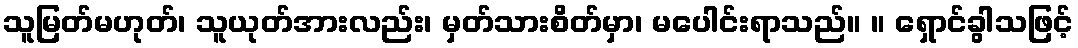
သူမြတ်မဟုတ်၊ သူယုတ်အားလည်း၊ မှတ်သားစိတ်မှာ၊ မပေါင်းရာသည်။ ။ ရှောင်ခွါသဖြင့်